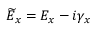
\widetilde { E } _ { x } = E _ { x } - i \gamma _ { x }